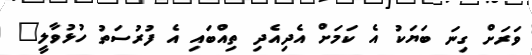
ވަރަށް ގިނަ ބަޔަކު އެ ކަމަށް އެދިއެދި ތިއްބައި އެ ފުރުސަތު ހުޅުވާލީ"